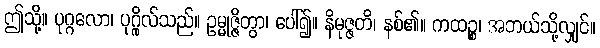
ဤသို့။ ပုဂ္ဂလော၊ ပုဂ္ဂိုလ်သည်။ ဥမ္မုဇ္ဇိတွာ၊ ပေါ်၍။ နိမုဇ္ဇတိ၊ နစ်၏။ ကထဉ္စ၊ အဘယ်သို့လျှင်။